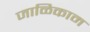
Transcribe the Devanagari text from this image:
जाळिकाम